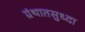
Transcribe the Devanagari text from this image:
ग्रंथातसुध्दा